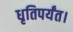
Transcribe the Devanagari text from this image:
धृतिपर्यंत।